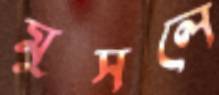
মুসলে